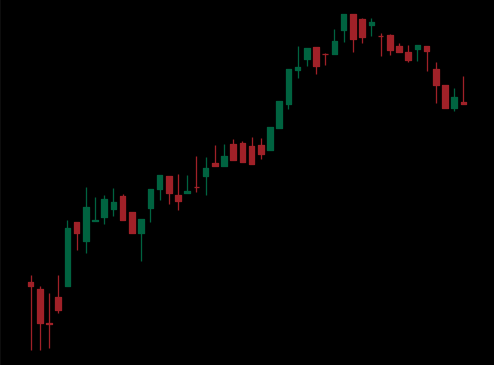
Pattern: bear_flag